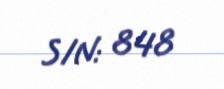
S/N: 848